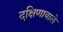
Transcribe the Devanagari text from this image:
दक्षिणावाले